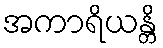
အကာရိယန္တိ